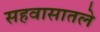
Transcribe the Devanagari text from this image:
सहवासातले